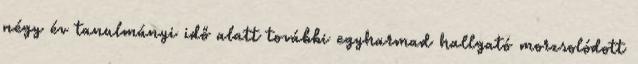
négy év tanulmányi idő alatt további egyharmad hallgató morzsolódott